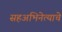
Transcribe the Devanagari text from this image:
सहअभिनेत्याचे